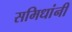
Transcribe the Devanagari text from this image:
समिधांनी